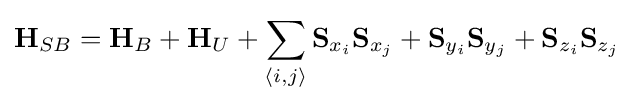
\mathbf {H} _{SB}=\mathbf {H} _{B}+\mathbf {H} _{U}+\sum _{\langle i,j\rangle }\mathbf {S} _{x_{i}}\mathbf {S} _{x_{j}}+\mathbf {S} _{y_{i}}\mathbf {S} _{y_{j}}+\mathbf {S} _{z_{i}}\mathbf {S} _{z_{j}}